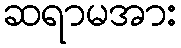
ဆရာမအား